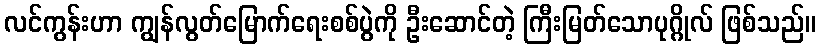
လင်ကွန်းဟာ ကျွန်လွတ်မြောက်ရေးစစ်ပွဲကို ဦးဆောင်တဲ့ ကြီးမြတ်သောပုဂ္ဂိုလ် ဖြစ်သည်။